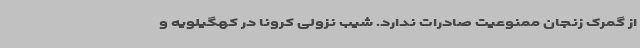
از گمرک زنجان ممنوعیت صادرات ندارد. شیب نزولی کرونا در کهگیلویه و